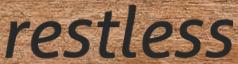
restless